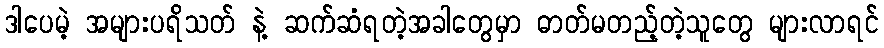
ဒါပေမဲ့ အများပရိသတ် နဲ့ ဆက်ဆံရတဲ့အခါတွေမှာ ဓာတ်မတည့်တဲ့သူတွေ များလာရင်